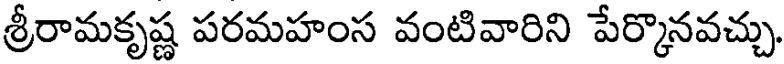
శ్రీరామకృష్ణ పరమహంస వంటివారిని పేర్కొనవచ్చు.